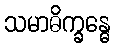
သမာဓိက္ခန္ဓေ